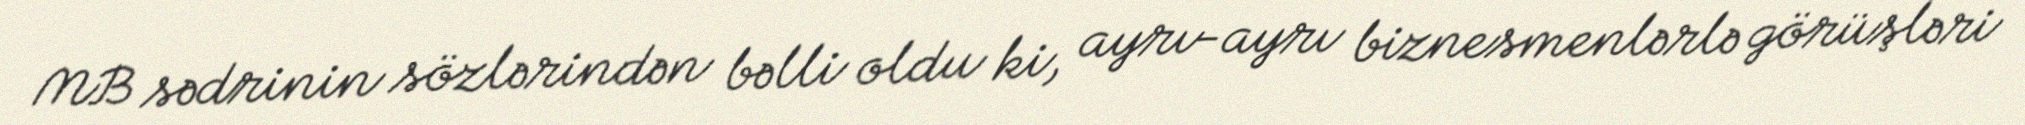
MB sədrinin sözlərindən bəlli oldu ki, ayrı-ayrı biznesmenlərlə görüşləri